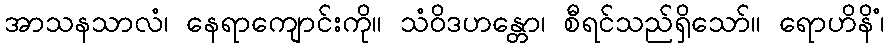
အာသနသာလံ၊ နေရာကျောင်းကို။ သံဝိဒဟန္တော၊ စီရင်သည်ရှိသော်။ ရောဟိနိံ၊